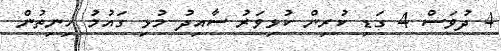
4 ދުވަސް 4 ގަޑި ކުރިން ކުޅިވަރު ސާއިދު މުޅި ގައުމު ހިނިތުން